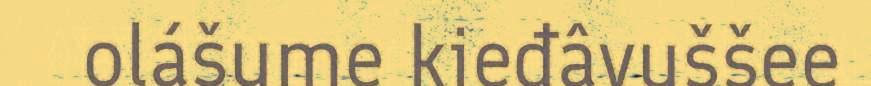
olášume kieđâvuššee